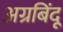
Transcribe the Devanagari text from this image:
अग्रबिंदू